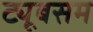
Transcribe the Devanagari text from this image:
ट्यूबसम